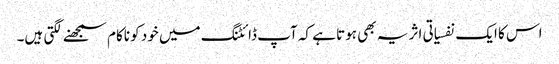
اس کا ایک نفسیاتی اثر یہ بھی ہوتا ہے کہ آپ ڈائٹنگ میں خود کو ناکام سمجھنے لگتی ہیں۔